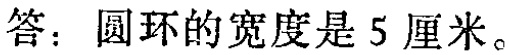
答：圆环的宽度是5厘米。